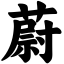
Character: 蔚